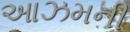
આઝમની